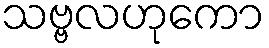
သဗ္ဗလဟုကော